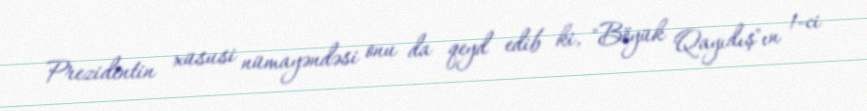
Prezidentin xüsusi nümayəndəsi onu da qeyd edib ki, "Böyük Qayıdış"ın 1-ci